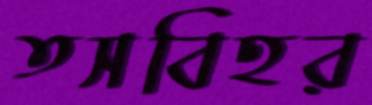
তসবিহর